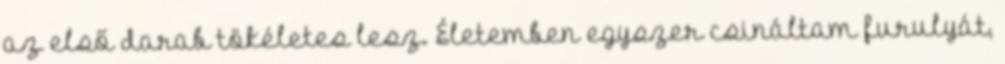
az első darab tökéletes lesz. Életemben egyszer csináltam furulyát,